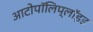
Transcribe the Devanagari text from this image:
आटोपॉलिप्लॉइड